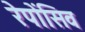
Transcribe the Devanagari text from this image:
रेपोंसिव